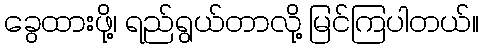
ခွေထားဖို့၊ ရည်ရွယ်တာလို့ မြင်ကြပါတယ်။